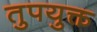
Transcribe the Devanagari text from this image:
तुपयुक्त